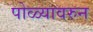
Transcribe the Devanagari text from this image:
पोळ्यावरुन